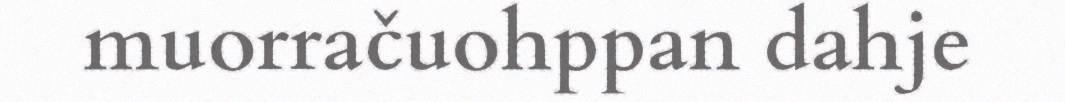
muorračuohppan dahje